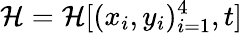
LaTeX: \mathcal{H}=\mathcal{H}[(x_{i},y_{i})_{i=1}^{4},t]